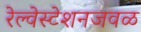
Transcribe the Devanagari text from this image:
रेल्वेस्टेशनजवळ